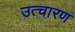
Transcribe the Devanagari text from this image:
उत्चारण